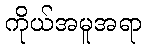
ကိုယ်အမူအရာ